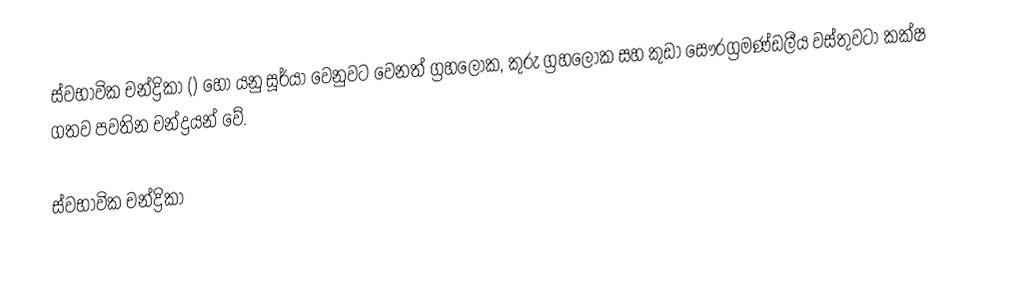
ස්වභාවික චන්ද්‍රිකා () හෝ යනු සූර්යා වෙනුවට වෙනත් ග්‍රහලෝක, කුරු ග්‍රහලෝක සහ කුඩා සෞරග්‍රමණ්ඩලීය වස්තුවටා කක්ෂ ගතව පවතින චන්ද්‍රයන් වේ.

ස්වභාවික චන්ද්‍රිකා